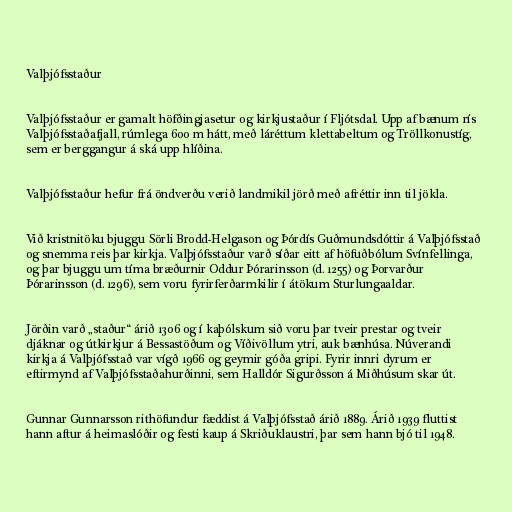
Valþjófsstaður

Valþjófsstaður er gamalt höfðingjasetur og kirkjustaður í Fljótsdal. Upp af bænum rís
Valþjófsstaðafjall, rúmlega 600 m hátt, með láréttum klettabeltum og Tröllkonustíg,
sem er berggangur á ská upp hlíðina.

Valþjófsstaður hefur frá öndverðu verið landmikil jörð með afréttir inn til jökla.

Við kristnitöku bjuggu Sörli Brodd-Helgason og Þórdís Guðmundsdóttir á Valþjófsstað
og snemma reis þar kirkja. Valþjófsstaður varð síðar eitt af höfuðbólum Svínfellinga,
og þar bjuggu um tíma bræðurnir Oddur Þórarinsson (d. 1255) og Þorvarður
Þórarinsson (d. 1296), sem voru fyrirferðarmkilir í átökum Sturlungaaldar.

Jörðin varð „staður“ árið 1306 og í kaþólskum sið voru þar tveir prestar og tveir
djáknar og útkirkjur á Bessastöðum og Víðivöllum ytri, auk bænhúsa. Núverandi
kirkja á Valþjófsstað var vígð 1966 og geymir góða gripi. Fyrir innri dyrum er
eftirmynd af Valþjófsstaðahurðinni, sem Halldór Sigurðsson á Miðhúsum skar út.

Gunnar Gunnarsson rithöfundur fæddist á Valþjófsstað árið 1889. Árið 1939 fluttist
hann aftur á heimaslóðir og festi kaup á Skriðuklaustri, þar sem hann bjó til 1948.